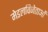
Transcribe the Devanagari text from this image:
मेडलविजेताओं